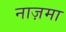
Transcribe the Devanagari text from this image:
नाज़मा